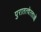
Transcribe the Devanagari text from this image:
पुरातत्‍वेत्‍ताओं